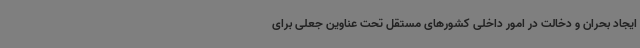
ایجاد بحران و دخالت در امور داخلی کشورهای مستقل تحت عناوین جعلی برای